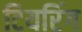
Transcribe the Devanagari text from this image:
टियरिंग